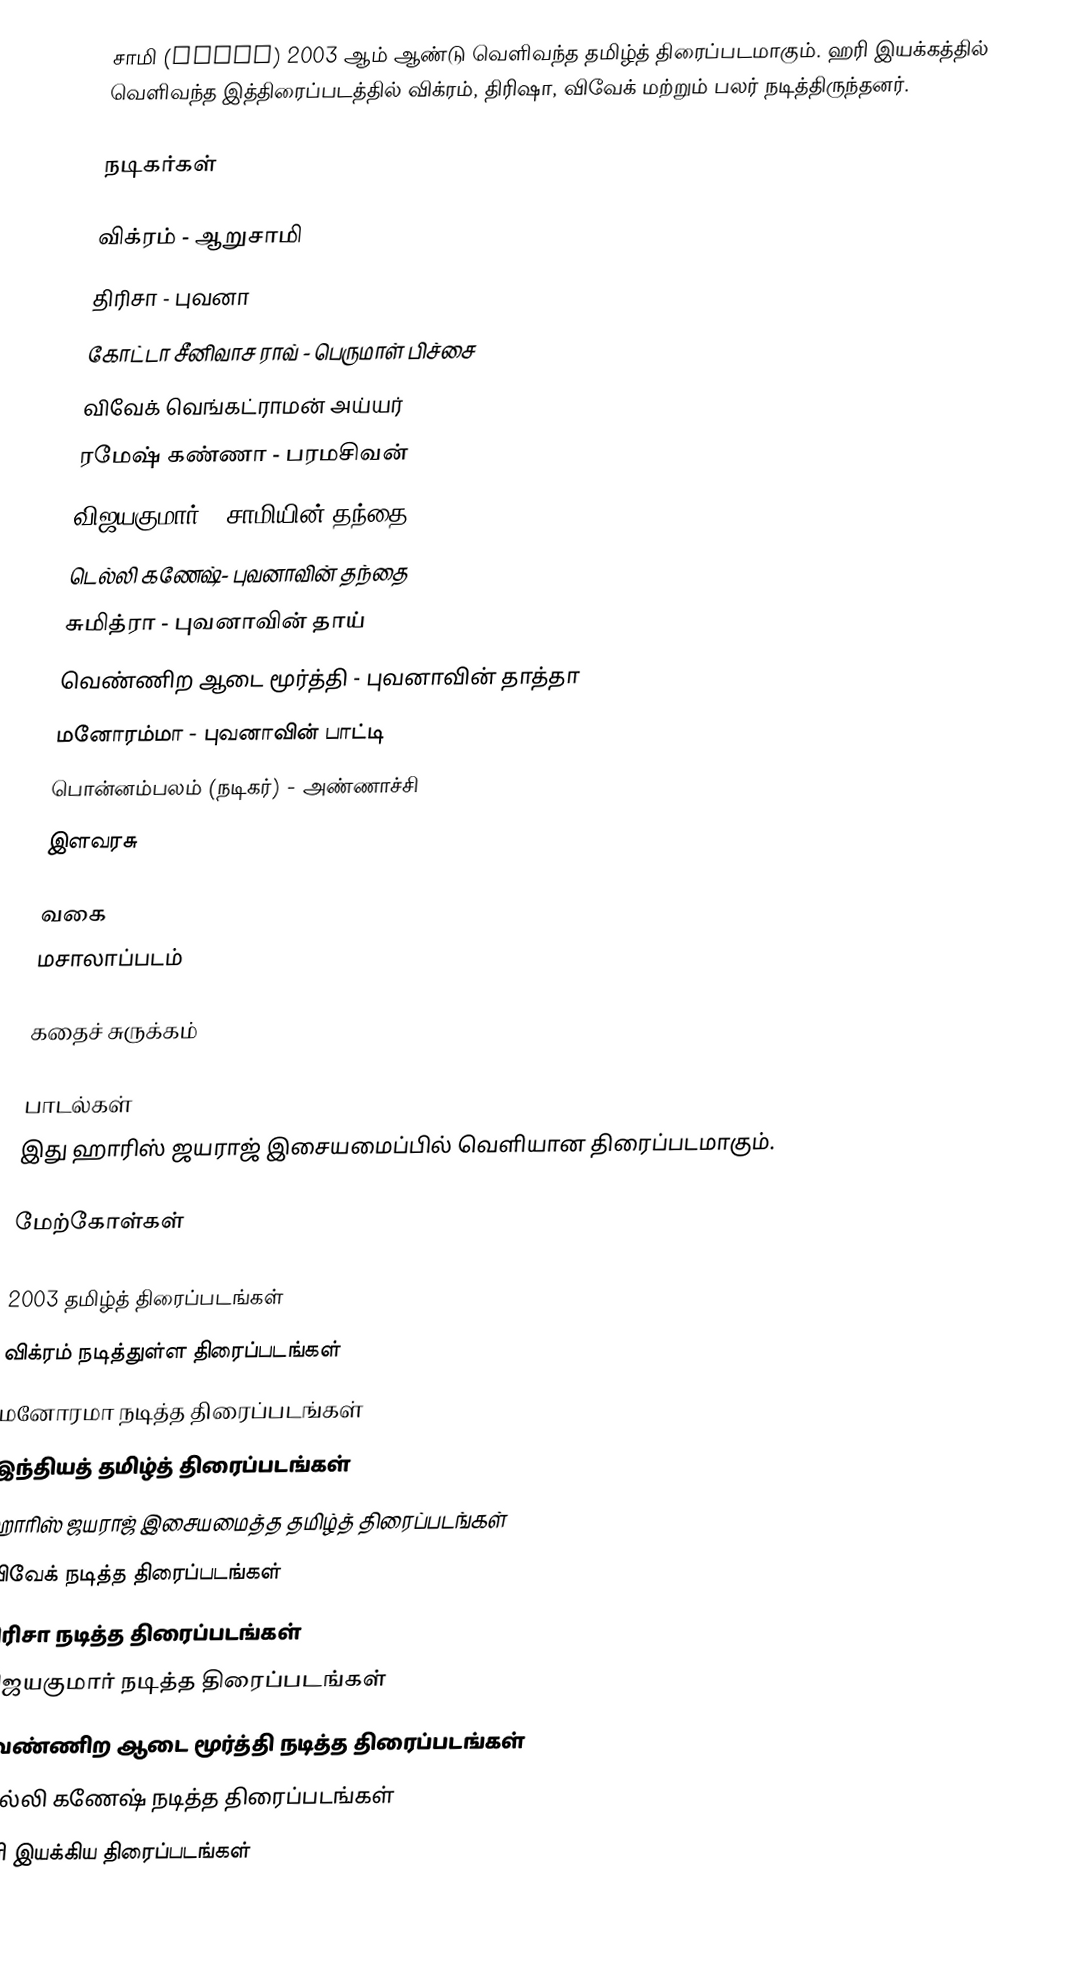
சாமி (Saamy) 2003 ஆம் ஆண்டு வெளிவந்த தமிழ்த் திரைப்படமாகும். ஹரி இயக்கத்தில் வெளிவந்த இத்திரைப்படத்தில் விக்ரம், திரிஷா, விவேக் மற்றும் பலர் நடித்திருந்தனர்.

நடிகர்கள்

 விக்ரம் - ஆறுசாமி
 திரிசா - புவனா
 கோட்டா சீனிவாச ராவ் - பெருமாள் பிச்சை
 விவேக் வெங்கட்ராமன் அய்யர்
 ரமேஷ் கண்ணா - பரமசிவன்
 விஜயகுமார் - சாமியின் தந்தை
 டெல்லி கணேஷ்- புவனாவின் தந்தை
 சுமித்ரா - புவனாவின் தாய்
 வெண்ணிற ஆடை மூர்த்தி - புவனாவின் தாத்தா
 மனோரம்மா - புவனாவின் பாட்டி
 பொன்னம்பலம் (நடிகர்) - அண்ணாச்சி
 இளவரசு

வகை
மசாலாப்படம்

கதைச் சுருக்கம்

பாடல்கள்
இது ஹாரிஸ் ஜயராஜ் இசையமைப்பில் வெளியான திரைப்படமாகும்.

மேற்கோள்கள்

2003 தமிழ்த் திரைப்படங்கள்
விக்ரம் நடித்துள்ள திரைப்படங்கள்
மனோரமா நடித்த திரைப்படங்கள்
இந்தியத் தமிழ்த் திரைப்படங்கள்
ஹாரிஸ் ஜயராஜ் இசையமைத்த தமிழ்த் திரைப்படங்கள்
விவேக் நடித்த திரைப்படங்கள்
திரிசா நடித்த திரைப்படங்கள்
விஜயகுமார் நடித்த திரைப்படங்கள்
வெண்ணிற ஆடை மூர்த்தி நடித்த திரைப்படங்கள்
டெல்லி கணேஷ் நடித்த திரைப்படங்கள்
ஹரி இயக்கிய திரைப்படங்கள்